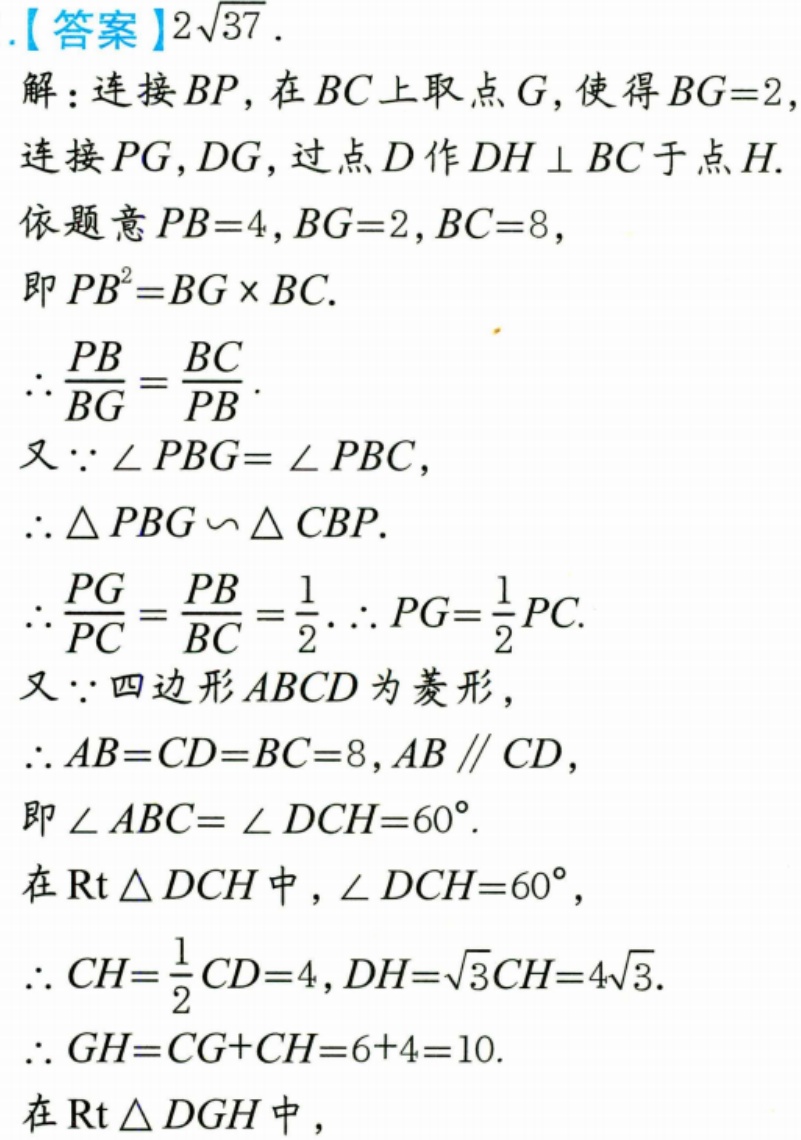
.【答案】\(2\sqrt{37}\).
解：连接\(BP\)，在\(BC\)上取点\(G\)，使得\(BG = 2\)，
连接\(PG,DG\)，过点\(D\)作\(DH\perp BC\)于点\(H\).
依题意\(PB = 4,BG = 2,BC = 8\)，
即\(PB^{2}=BG\times BC\).
\(\therefore\frac{PB}{BG}=\frac{BC}{PB}\).
又\(\because\angle PBG=\angle PBC\)，
\(\therefore\triangle PBG\backsim\triangle CBP\).
\(\therefore\frac{PG}{PC}=\frac{PB}{BC}=\frac{1}{2}\). \(\therefore PG = \frac{1}{2}PC\).
又\(\because\)四边形\(ABCD\)为菱形，
\(\therefore AB = CD = BC = 8,AB\parallel CD\)，
即\(\angle ABC=\angle DCH = 60^{\circ}\).
在\(\text{Rt}\triangle DCH\)中，\(\angle DCH = 60^{\circ}\)，
\(\therefore CH=\frac{1}{2}CD = 4,DH=\sqrt{3}CH = 4\sqrt{3}\).
\(\therefore GH = CG + CH = 6 + 4 = 10\).
在\(\text{Rt}\triangle DGH\)中，